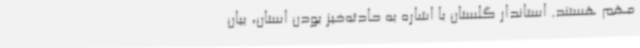
مهم هستند. استاندار گلستان با اشاره به حادثه‌خیز بودن استان، بیان